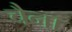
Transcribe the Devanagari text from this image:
चैना